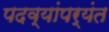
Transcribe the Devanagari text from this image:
पदव्यांपर्यंत